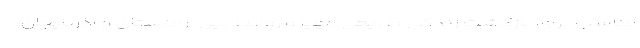
مناسب برای بازگشت زندگی طبیعی مهیا و روابط بین ارمنستان و آذربایجان